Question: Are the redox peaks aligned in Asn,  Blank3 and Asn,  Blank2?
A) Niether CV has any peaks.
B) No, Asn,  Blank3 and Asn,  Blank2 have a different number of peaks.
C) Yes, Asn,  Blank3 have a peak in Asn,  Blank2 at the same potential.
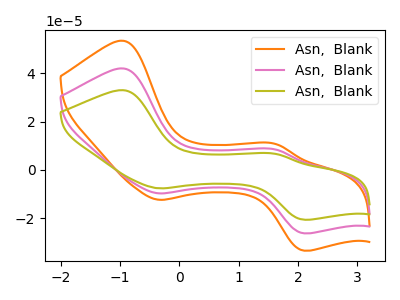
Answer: <think>The orange curve "Asn,  Blank1" has anodic peaks at (-0.95V, 84.05uA) (1.60V, 16.90uA) and cathodic peaks at (-0.35V, -19.50uA) (2.10V, -52.65uA). The pink curve "Asn,  Blank2" has anodic peaks at (-0.95V, 42.05uA) (1.60V, 8.45uA) and cathodic peaks at (-0.35V, -9.75uA) (2.10V, -26.30uA). The olive curve "Asn,  Blank3" has anodic peaks at (-0.95V, 33.00uA) (1.60V, 6.65uA) and cathodic peaks at (-0.35V, -7.65uA) (2.10V, -20.65uA).</think>
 <answer>C) Yes, "Asn,  Blank3" have a peak in "Asn,  Blank2" at the same potential.</answer>
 <eval>C</eval>